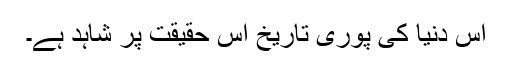
اس دنیا کی پوری تاریخ اس حقیقت پر شاہد ہے۔